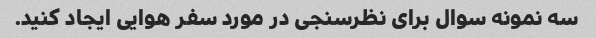
سه نمونه سوال برای نظرسنجی در مورد سفر هوایی ایجاد کنید.